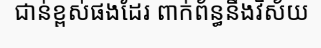
ជាន់ខ្ពស់ផងដែរ ពាក់ព័ន្ធនឹងវិស័យ